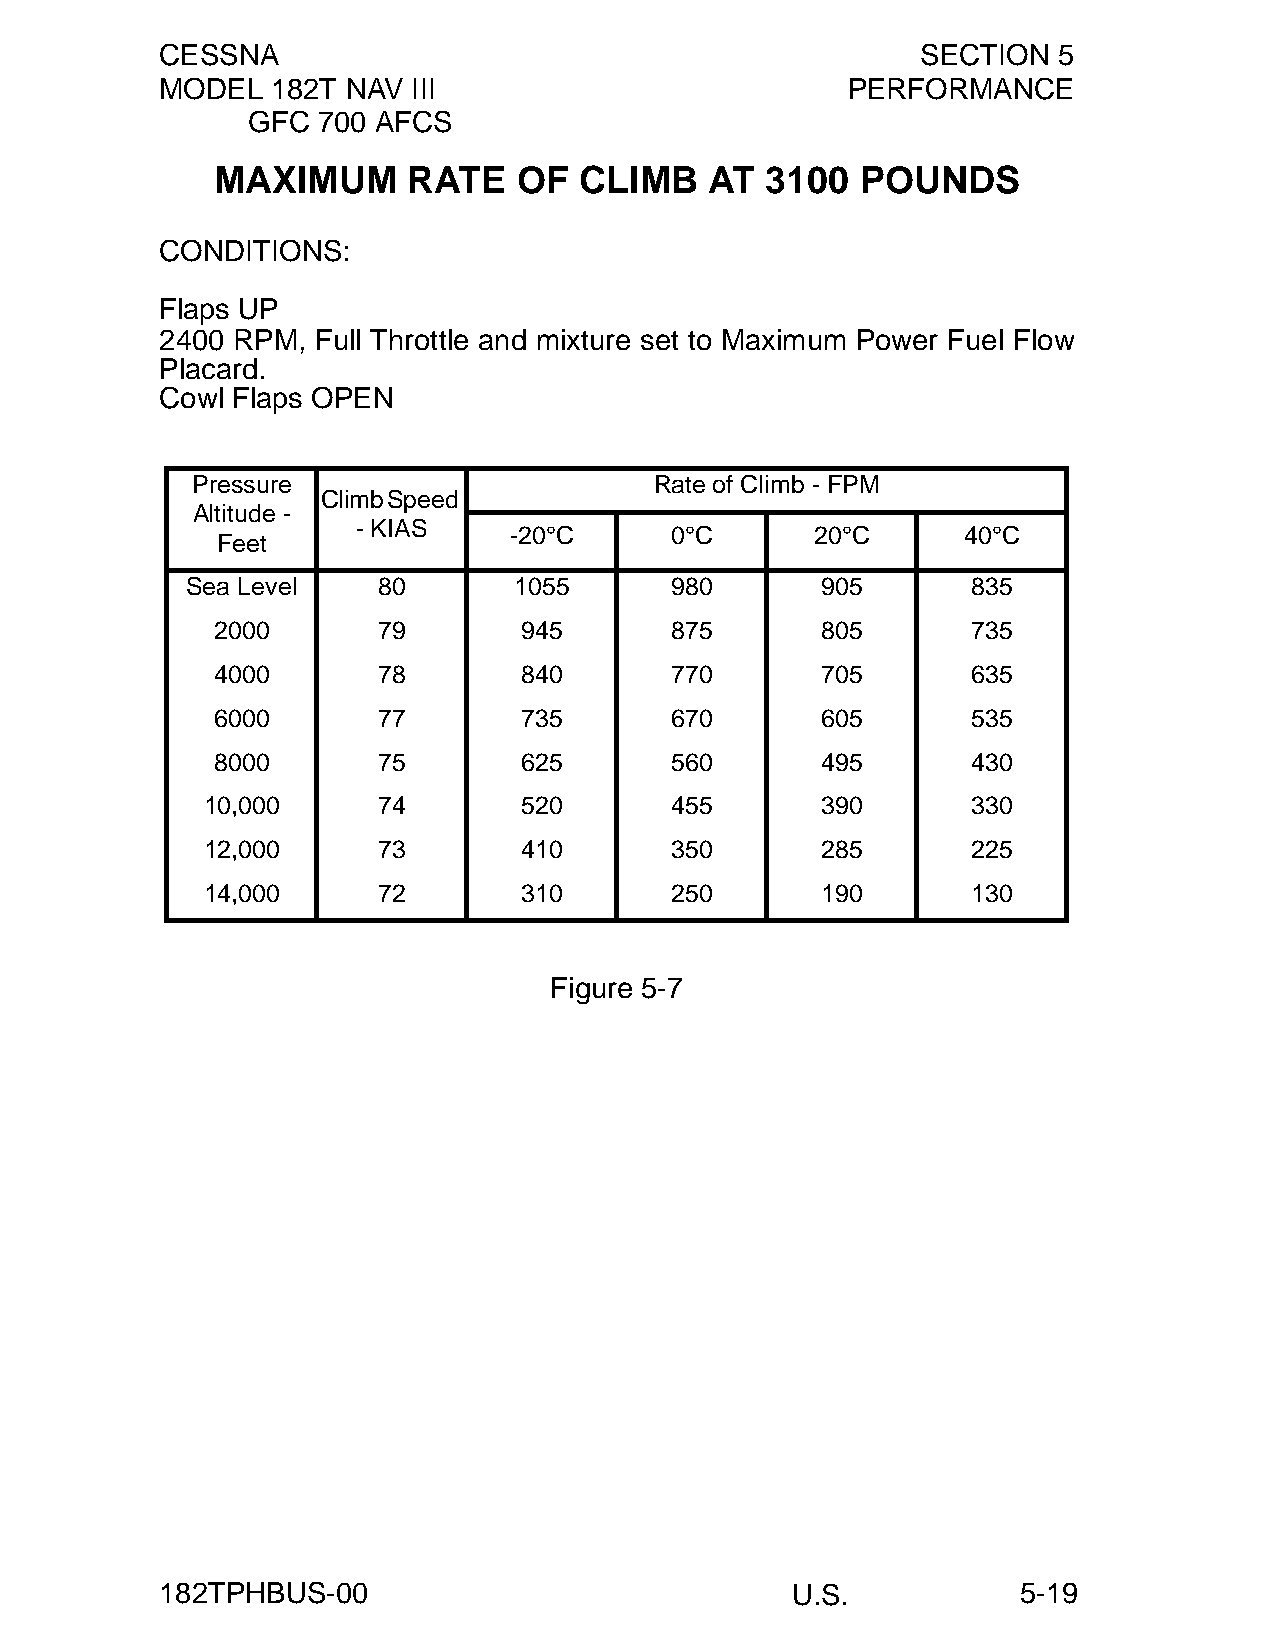
CESSNA                                            SECTION  5
 MODEL  182T NAV III                          PERFORMANCE
 GFC  700 AFCS
 MAXIMUM      RATE   OF  CLIMB    AT  3100  POUNDS
 CONDITIONS:
 Flaps UP
 2400 RPM, Full Throttle and mixture set to Maximum Power Fuel Flow
 Placard.
 Cowl Flaps OPEN
 Pressure                      Rate of Climb - FPM
 Climb Speed
 Altitude -
 - KIAS
 -20°C     0°C       20°C      40°C
 Feet
 Sea Level    80       1055      980       905       835
 2000       79       945       875       805       735
 4000       78       840       770       705       635
 6000       77       735       670       605       535
 8000       75       625       560       495       430
 10,000      74       520       455       390       330
 12,000      73       410       350       285       225
 14,000      72       310       250       190       130
 Figure 5-7
 182TPHBUS-00                             U.S.            5-19